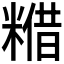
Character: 𮇴